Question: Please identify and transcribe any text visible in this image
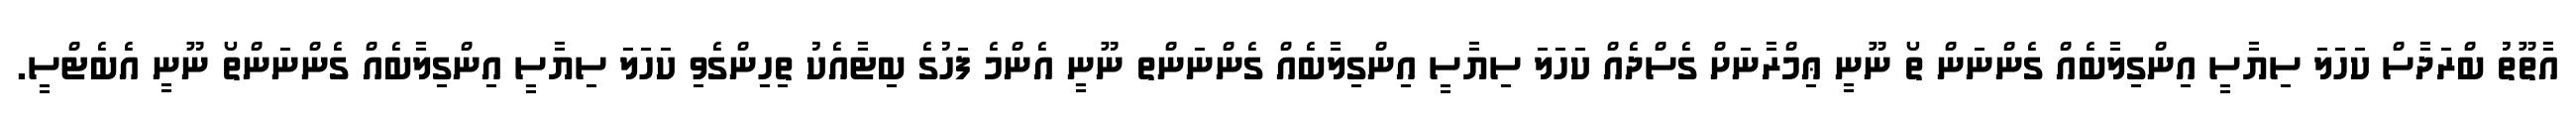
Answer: އާތޫތު ބްރަދާސް ކަހަލަ ސިޔާސީ އިންގިލާބެއް ގެންނަން ތޯ ނޫނީ ޢިމްރާނަށް ގެސްދެއް ކަހަލަ ސިޔާސީ އިންގިލާބެއް ގެންނަންތ ނޫނީ އެންމެ ފަހުގެ ބިޓާއެކު ތިހިންގެވި ކަހަލަ ސިޔާސީ އިންގިލާބެއް ގެންނަންތޯ ނޫނީ އެބެޓްސީ.